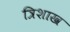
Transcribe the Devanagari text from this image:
त्रिशाख